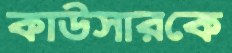
কাউসারকে